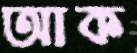
আক